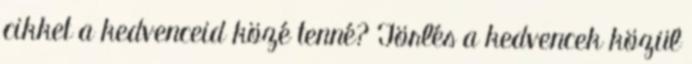
cikket a kedvenceid közé tenné? Törlés a kedvencek közül